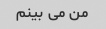
من می بینم